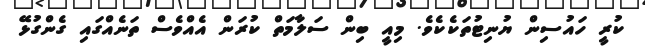
ކުރީ ހައުސިން ޔުނިޓުތަކެކެވެ. މިއީ ބިން ސަލާމަތް ކުރަން އެއްވެސް ތަނެއްގައި ގެންގުޅޭ